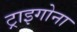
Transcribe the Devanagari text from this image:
ट्राइगोना